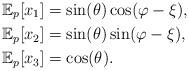
LaTeX: \begin{align*}\mathbb{E}_p[x_1] &= \sin(\theta)\cos(\varphi-\xi),\\\mathbb{E}_p[x_2] &= \sin(\theta)\sin(\varphi-\xi),\\\mathbb{E}_p[x_3] &= \cos(\theta).\end{align*}